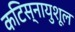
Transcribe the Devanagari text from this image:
कटिस्नायुशूल